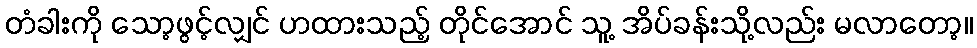
တံခါးကို သော့ဖွင့်လျှင် ဟထားသည့် တိုင်အောင် သူ့ အိပ်ခန်းသို့လည်း မလာတော့။